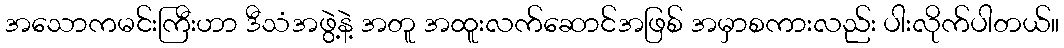
အသောကမင်းကြီးဟာ ဒီသံအဖွဲ့နဲ့ အတူ အထူးလက်ဆောင်အဖြစ် အမှာစကားလည်း ပါးလိုက်ပါတယ်။